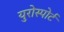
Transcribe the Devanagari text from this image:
युरोस्पोर्ट